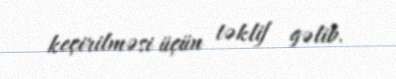
keçirilməsi üçün təklif gəlib.